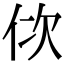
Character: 佽